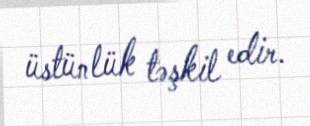
üstünlük təşkil edir.